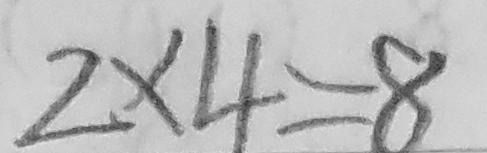
2 \times 4 = 8